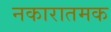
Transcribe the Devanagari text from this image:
नकारातमक